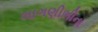
લાગણીભીના